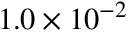
1 . 0 \times 1 0 ^ { - 2 }